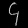
Digit: ၄